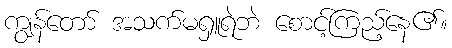
ကျွန်တော် အသက်မရှူရဲဘဲ စောင့်ကြည့်နေ၏။